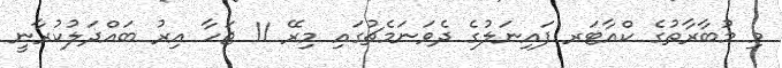
މި މުބާރާތުގެ ކްއާޓަރ ފައިނަލުގެ ދެވަނަމެޗުގައި މިރޭ 11 ޖަހާ އިރު ބައްދަލުކުރާނީ